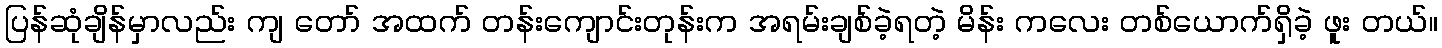
ပြန်ဆုံချိန်မှာလည်း ကျ တော် အထက် တန်းကျောင်းတုန်းက အရမ်းချစ်ခဲ့ရတဲ့ မိန်း ကလေး တစ်ယောက်ရှိခဲ့ ဖူး တယ်။